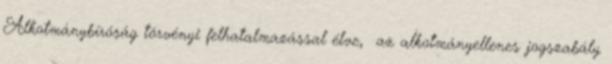
Alkotmánybíróság törvényi felhatalmazással élve, az alkotmányellenes jogszabály